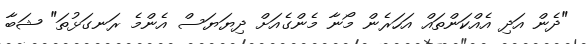
"ދެން އަދި އެއްކަންތައް އަހަރެން މޯނާ މެންގެއަށް ދިޔަޔަސް އެންމެ ރަނގަޅުތަ" ޝަބާ